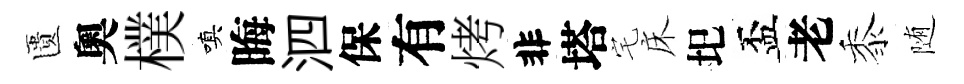
匱奧樸嗔晦泗保有烤非塔宅床圯盃老黍随